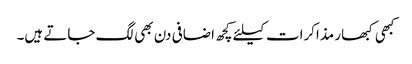
کبھی کبھار مذاکرات کیلئے کچھ اضافی دن بھی لگ جاتے ہیں۔